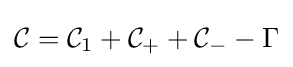
{\mathcal {C}}={\mathcal {C}}_{1}+{\mathcal {C}}_{+}+{\mathcal {C}}_{-}-\Gamma